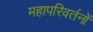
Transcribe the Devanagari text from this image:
महापरिवर्तनों